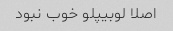
اصلا لوبیپلو خوب نبود